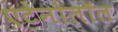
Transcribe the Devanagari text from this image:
एटेनोलॉल